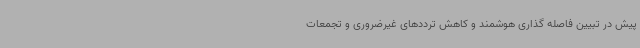
پیش در تبیین فاصله گذاری هوشمند و کاهش ترددهای غیرضروری و تجمعات